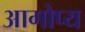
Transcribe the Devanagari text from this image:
आगोप्य